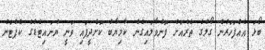
ބޯޅަ އެއްފަހަރުން ގޯލުގެ ތެރެއަށް ފޮނުވާލައިގެން ކާމިޔާބު ކޮށްދީފައި ވަނީ ޔުނައިޓެޑްގެ ކެޕްޓަން